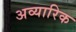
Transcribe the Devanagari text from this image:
अव्यारिक